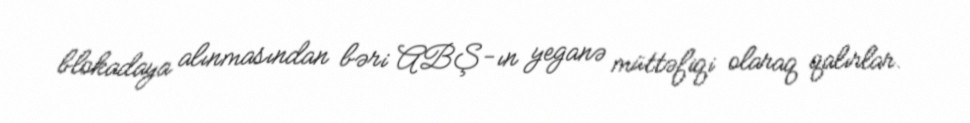
blokadaya alınmasından bəri ABŞ-ın yeganə müttəfiqi olaraq qalırlar.